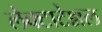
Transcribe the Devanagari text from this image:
लेक्टाटेश्नल